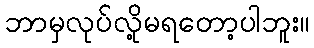
ဘာမှလုပ်လို့မရတော့ပါဘူး။